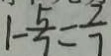
\vert - \frac { 5 } { 7 } = \frac { 2 } { 7 }